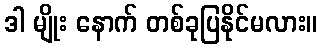
ဒါ မျိုး နောက် တစ်ခုပြနိုင်မလား။